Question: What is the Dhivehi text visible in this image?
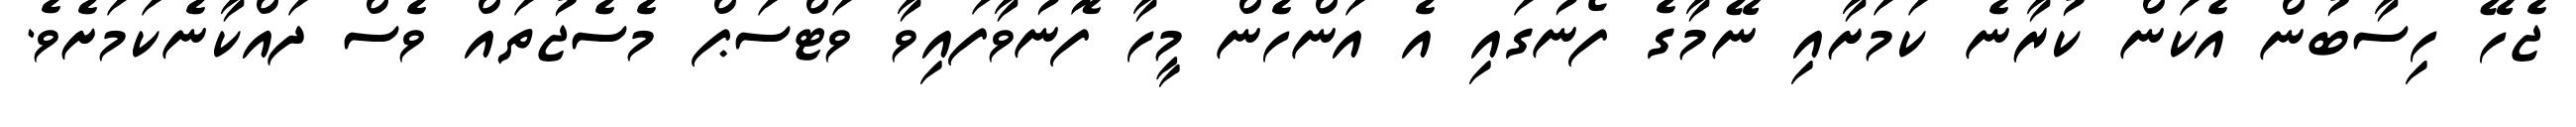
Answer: ޖެހޭ ހިސާބުން އެކަން ކުރާނެ ކަމަށާއި ނޭމާގެ ފޯނުގައި އެ އަންހެން މީހާ ފޮނުވާފައިވާ ވަޓްސަޕް މެސެޖުތައް ވެސް ދައްކާނެކަމަށެވެ.